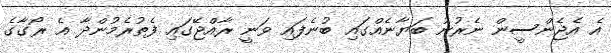
އެ އެޖެންސީން ނެރުނު ބަޔާނެއްގައި ބުނެފައި ވަނީ ރާއްޖޭގައި ފެތުރެމުންދާ އެ ރޯގާގެ